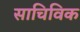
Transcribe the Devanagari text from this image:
साचिविक